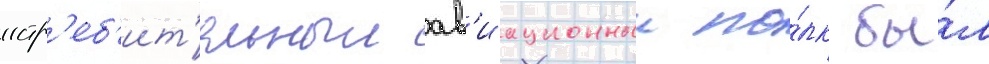
истр'еб'ит'ельныи ав'иационныи по́лк бы́л